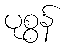
ပုစွန်